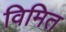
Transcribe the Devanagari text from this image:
विमित